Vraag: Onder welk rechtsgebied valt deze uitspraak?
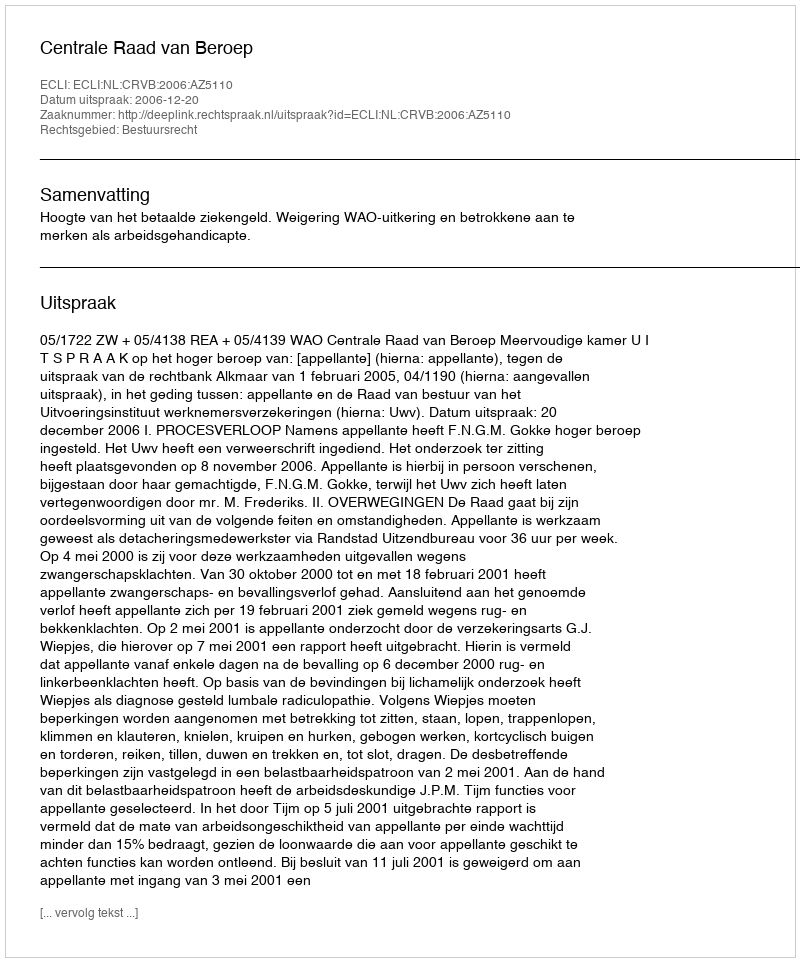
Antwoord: Bestuursrecht